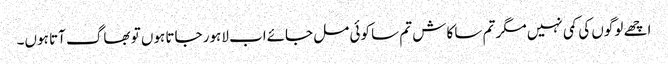
اچھے لوگوں کی کمی نہیں مگر تم سا کاش تم سا کوئی مل جائےاب لاہور جاتا ہوں تو بھاگ آتا ہوں۔